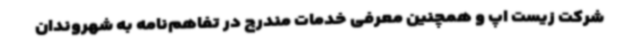
شرکت زیست اپ و همچنین معرفی خدمات مندرج در تفاهم‌نامه به شهروندان